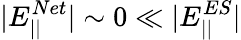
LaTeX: |E_{||}^{Net}|\sim 0\ll|E_{||}^{ES}|